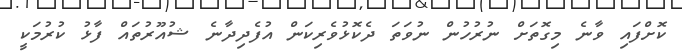
ކޮށްފައި ވާނެ މިގޮތަށް ނުރުހުން ނުވަތަ ދެކޮޅުވެރިކަން އުފެދިދާނެ ޝުއޫރުތައް ފާޅު ކުރުމަކީ